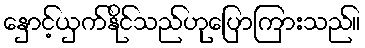
နှောင့်ယှက်နိုင်သည်ဟုပြောကြားသည်။